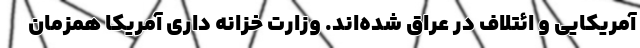
آمریکایی و ائتلاف در عراق شده‌اند. وزارت خزانه داری آمریکا همزمان